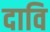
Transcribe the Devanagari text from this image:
दावि